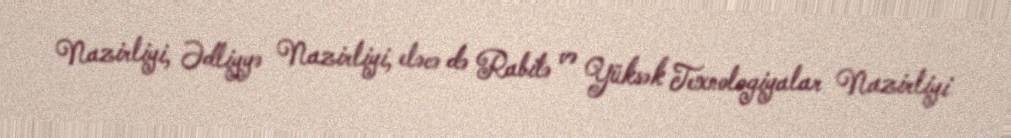
Nazirliyi, Ədliyyə Nazirliyi, eləcə də Rabitə və Yüksək Texnologiyalar Nazirliyi